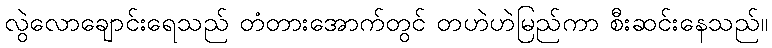
လွဲလောချောင်းရေသည် တံတားအောက်တွင် တဟဲဟဲမြည်ကာ စီးဆင်းနေသည်။